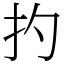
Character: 扚